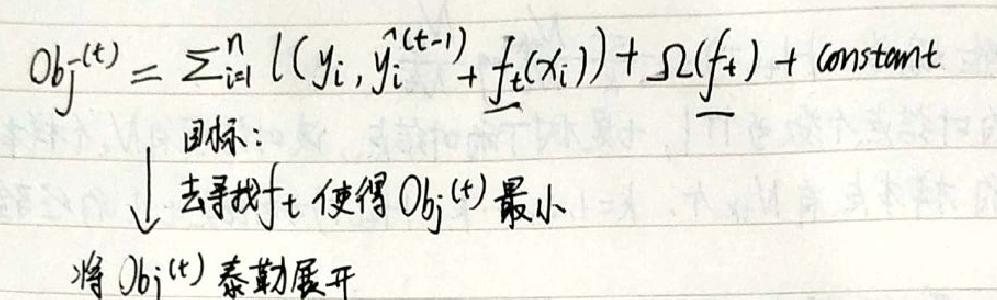
\(Obj^{(t)}\)=\sum_{i = 1}^{n}l(y_i,\hat{y}_i^{(t - 1)}+\(f_t\)(x_i))+\Omega(\(f_t\))+constant\)\\
目标：\\
\downarrow\\
去寻找\(f_t\)使得\(Obj^{(t)}\)最小\\
将\(Obj^{(t)}\)泰勒展开